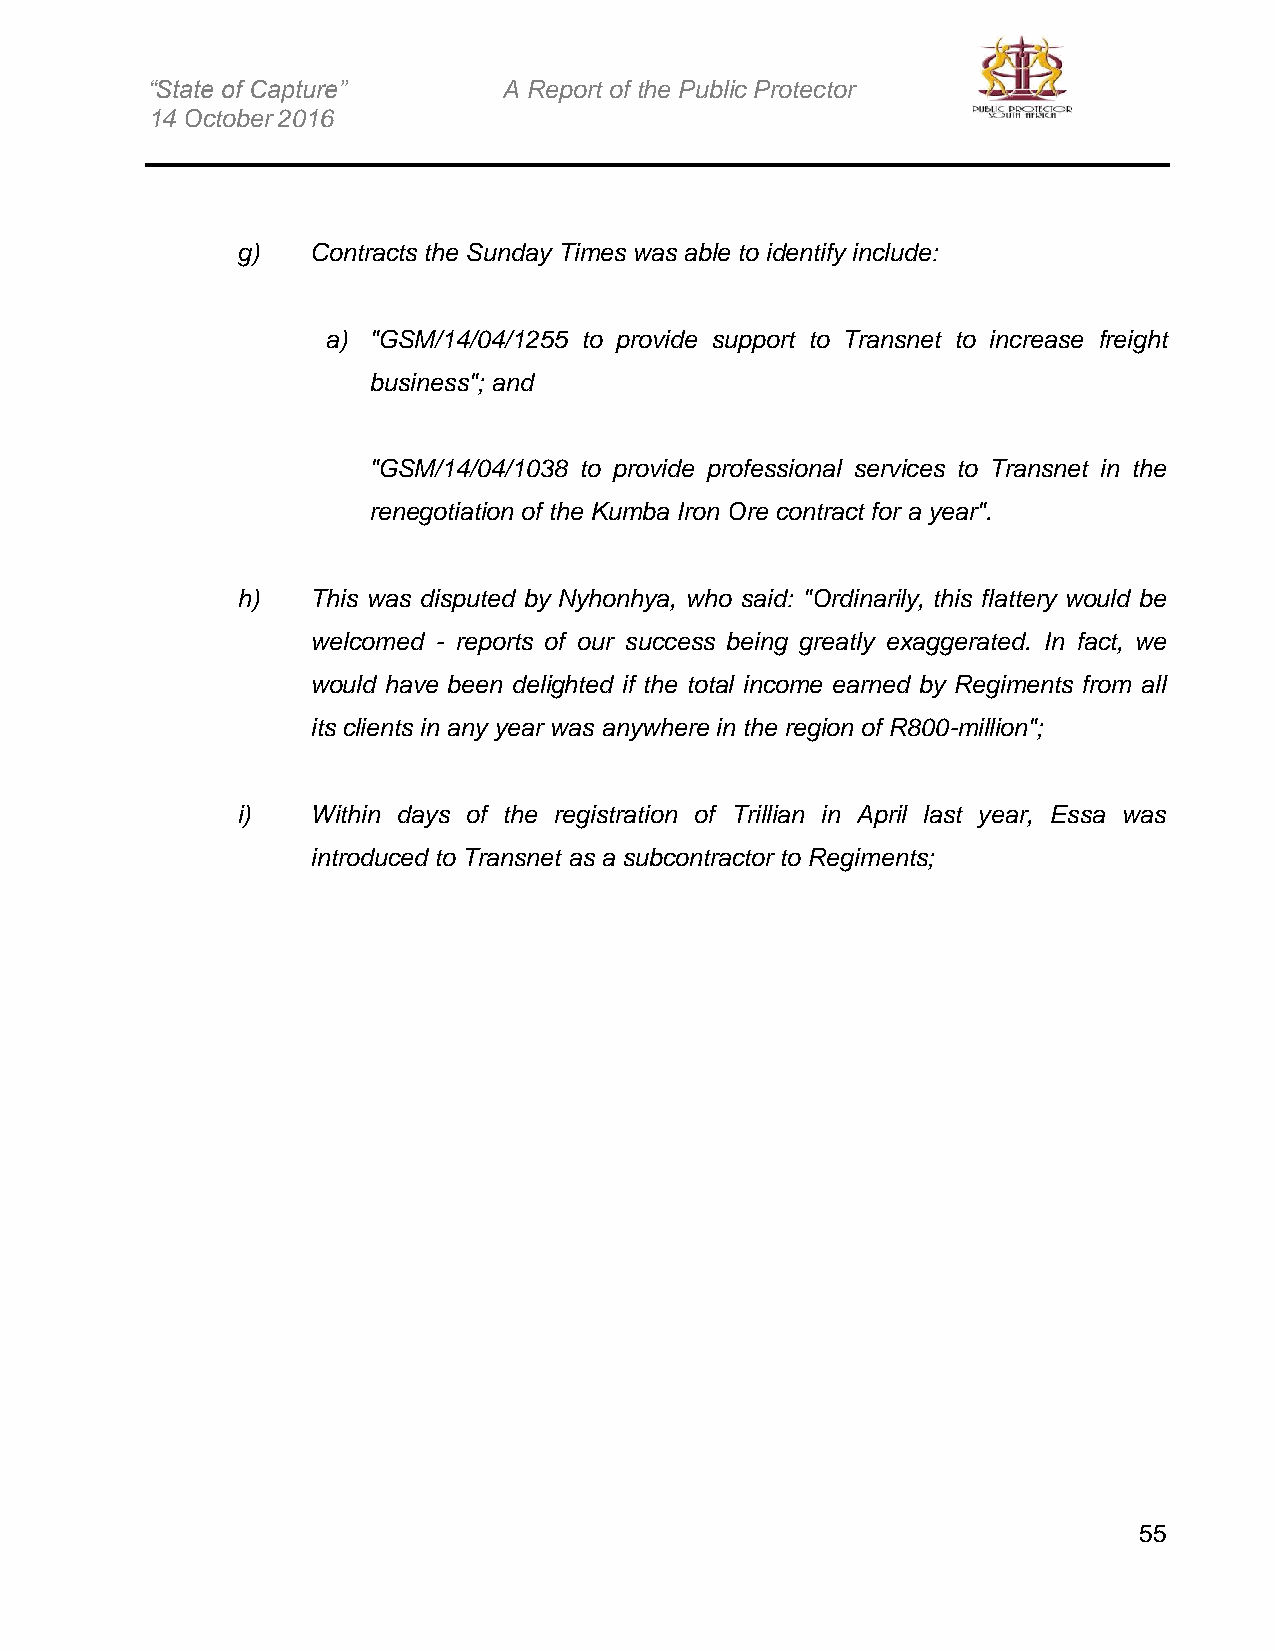
“State of Capture”     A Report of the Public Protector
 14 October 2016
 g)   Contracts the Sunday Times was able to identify include:
 a) "GSM/14/04/1255 to provide support to Transnet to increase freight
 business"; and
 "GSM/14/04/1038 to provide professional services to Transnet in the
 renegotiation of the Kumba Iron Ore contract for a year".
 h)   This was disputed by Nyhonhya, who said: "Ordinarily, this flattery would be
 welcomed - reports of our success being greatly exaggerated. In fact, we
 would have been delighted if the total income earned by Regiments from all
 its clients in any year was anywhere in the region of R800-million";
 i)   Within days of the registration of Trillian in April last year, Essa was
 introduced to Transnet as a subcontractor to Regiments;
 55